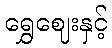
ရွှေဈေးနှင့်